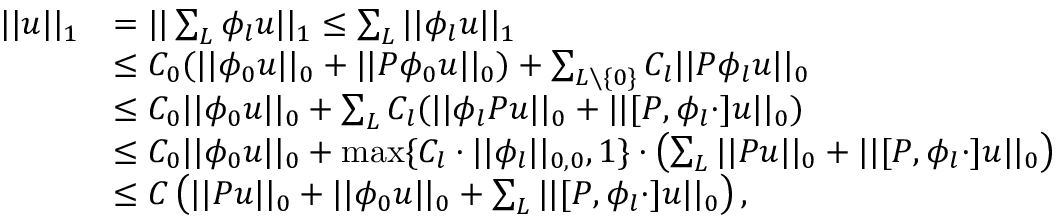
\begin{array} { r l } { | | u | | _ { 1 } } & { = | | \sum _ { L } \phi _ { l } u | | _ { 1 } \leq \sum _ { L } | | \phi _ { l } u | | _ { 1 } } \\ & { \leq C _ { 0 } ( | | \phi _ { 0 } u | | _ { 0 } + | | P \phi _ { 0 } u | | _ { 0 } ) + \sum _ { L \setminus \{ 0 \} } C _ { l } | | P \phi _ { l } u | | _ { 0 } } \\ & { \leq C _ { 0 } | | \phi _ { 0 } u | | _ { 0 } + \sum _ { L } C _ { l } ( | | \phi _ { l } P u | | _ { 0 } + | | \lbrack P , \phi _ { l } \cdot \rbrack u | | _ { 0 } ) } \\ & { \leq C _ { 0 } | | \phi _ { 0 } u | | _ { 0 } + \operatorname* { m a x } \{ C _ { l } \cdot | | \phi _ { l } | | _ { 0 , 0 } , 1 \} \cdot \left( \sum _ { L } | | P u | | _ { 0 } + | | [ P , \phi _ { l } \cdot ] u | | _ { 0 } \right) } \\ & { \leq C \left( | | P u | | _ { 0 } + | | \phi _ { 0 } u | | _ { 0 } + \sum _ { L } | | \lbrack P , \phi _ { l } \cdot \rbrack u | | _ { 0 } \right) , } \end{array}